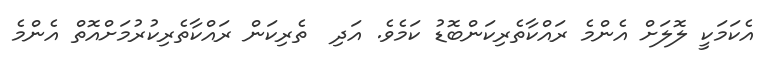
އެކަމަކީ ލޮލަށް އެންމެ ރައްކާތެރިކަންބޮޑު ކަމެވެ. އަދި  ތެރިކަން ރައްކާތެރިކުރުމަށްއޮތް އެންމެ